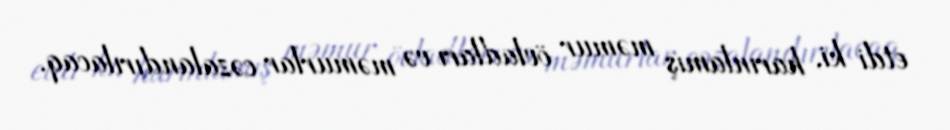
etdi ki, harınlamış məmur övladları və məmurlar cəzalandırılacaq.